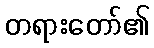
တရားတော်၏